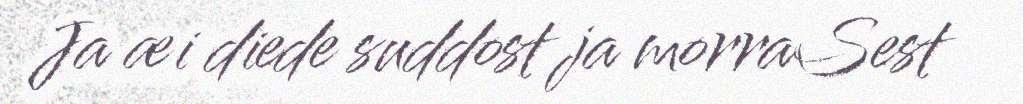
Ja æi diede suddost ja morraSest